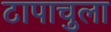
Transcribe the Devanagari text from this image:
टापाचुला